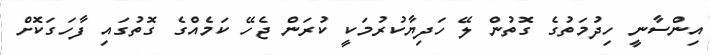
އިންސާނީ ހިދުމަތުގެ ގޮތުން ލޭ ހަދިޔާކުރުމަކީ ކުރަން ޖެހޭ ކަމެއްގެ ގޮތުގައި ފާހަގަކޮށް